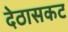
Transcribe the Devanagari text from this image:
देठासकट